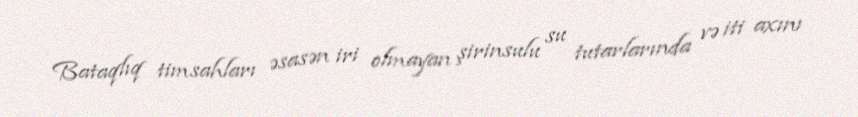
Bataqlıq timsahları əsasən iri olmayan şirinsulu su tutarlarında və iti axını